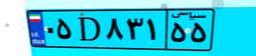
۰۵D۸۳۱۵۵